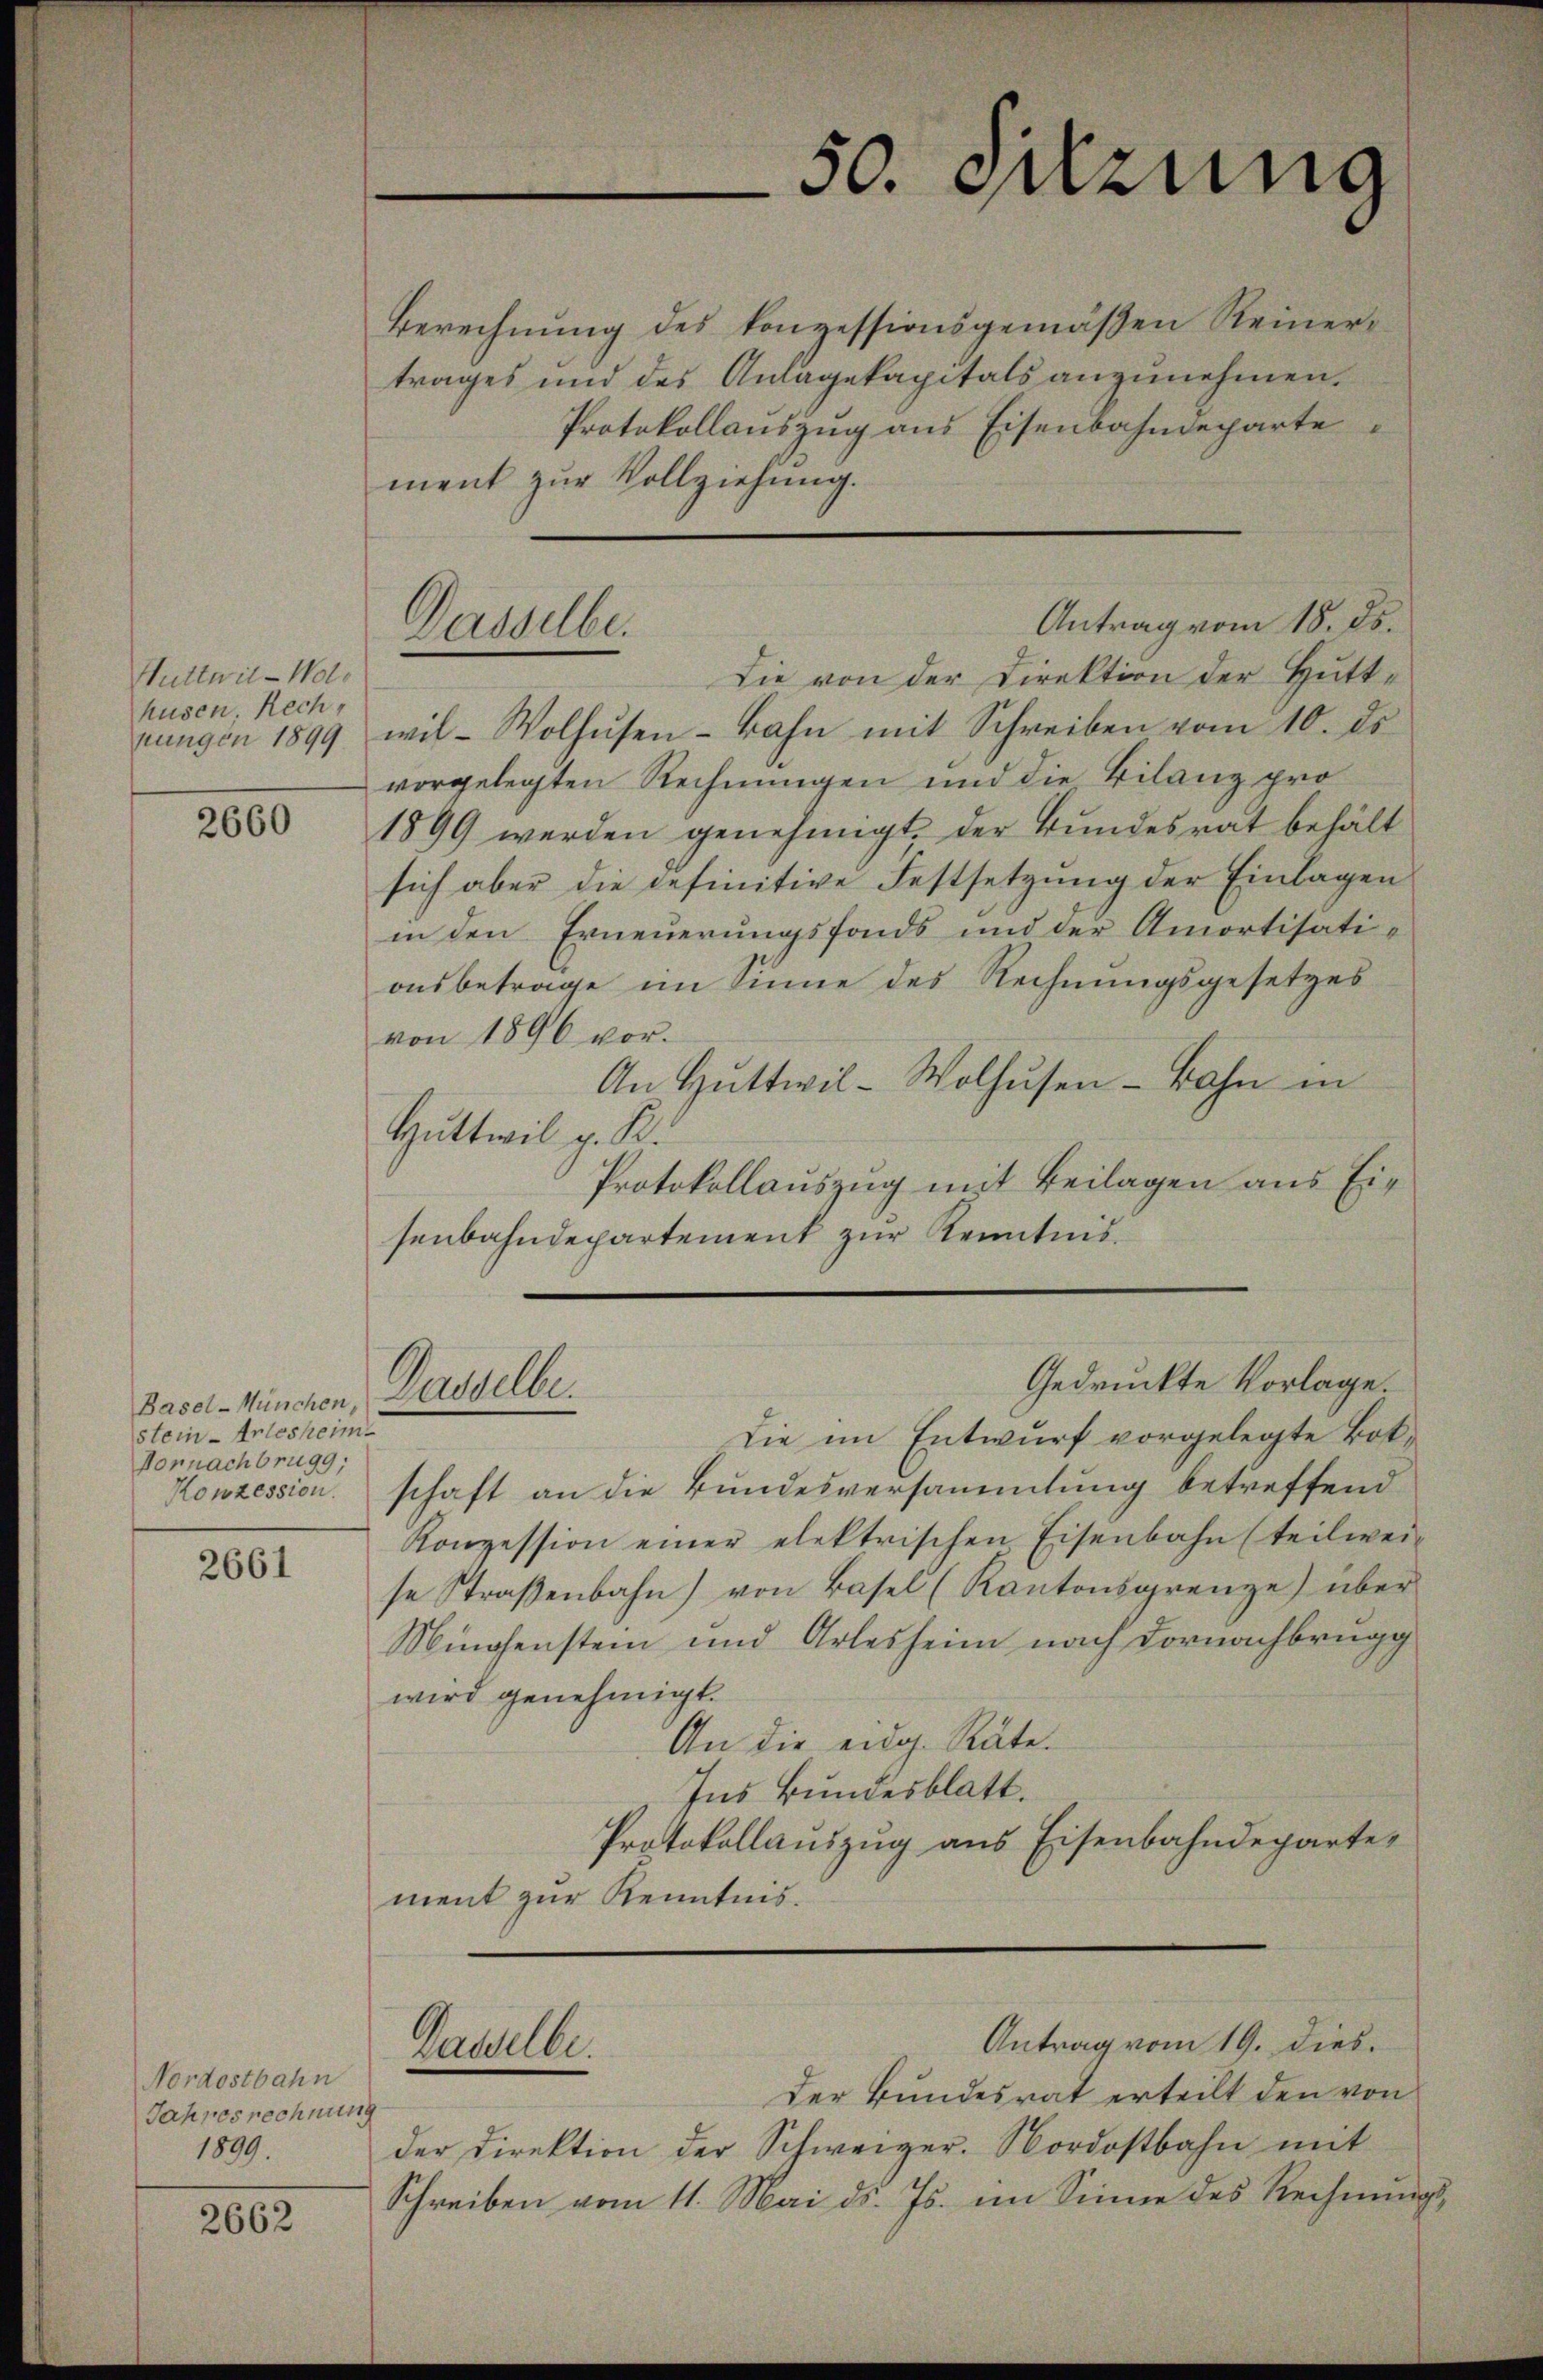
Nuttwil-Wolo
husen. Rech
nungen 1899

2660

Basel-München,
stein - Arlesheim
Vornachbrugg,
Konzession.

2661

Nordostbahn
Jahresrechnung
1899.

2662

Dasselbe.

Berechnung des konzessionsgemäßen Reinertrages und des Anlagekapitals anzunehmen.
Protokollauszug aus Eisenbahndeparte
ment zur Vollziehung.
Die von der Direktion der Huttwil-Wolhusen - Bahn mit Schreiben vom 10. ds.
vorgelegten Rechnungen und die Bilanz pro
1899 werden genehmigt, der Bundesrat behält
sich aber die definitive Festsetzung der Einlagen
in den Erneuerungsfonds und der Amortisati-
onsbetrage im Sinne des Rechnungsgesetzes
von 1896 vor.
An Huttwil-Wolhusen - Bahn in
Huttwil z. B.
Protokollauszug mit Beilagen aus Eisenbahndepartement zur Kenntnis¬

Dasselbe.

Daselbe.

50. Jung

Antrag vom 18. ds.

Gedruckte Vorlage

Die im Entwurf vorgelegte Botschaft an die Bundesversammlung betreffend
Konzession einer elektrischen Eisenbahn (teilwei-
se Straßenbahn) von Basel (Kantonsgrenze) über
Minchenstein und Arlesheim nach Dornachbrugg
wird genehmigt.
An die eidg. Räte.
Ins Bundesblatt.
Protokollauszug aus Eisenbahndeparte,
ment zur Kenntnis.

Antrag vom 19. dies

Der Bundesrat erteilt den von
der Direktion der Schweizer. Nordostbahn mit
Schreiben vom 11. Mai d. Js. im Sinne des Rechnung,